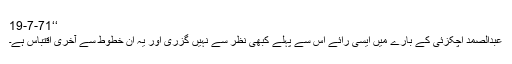
‘‘19-7-71
عبدالصمد اچکزئی کے بارے میں ایسی رائے اس سے پہلے کبھی نظر سے نہیں گزری اور یہ ان خطوط سے آخری اقتباس ہے۔